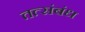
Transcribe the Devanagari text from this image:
तत्संबंध